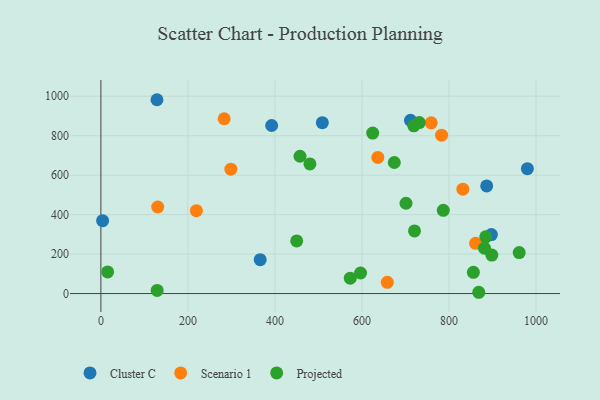
{"axis": {"x": "Ad Spend", "y": "Salary"}, "legend": ["Cluster C", "Projected", "Scenario 1"], "data": [{"x": "897.4", "y": 299.1, "type": "Cluster C"}, {"x": "366.1", "y": 171.8, "type": "Cluster C"}, {"x": "508.9", "y": 866.2, "type": "Cluster C"}, {"x": "392.4", "y": 851.6, "type": "Cluster C"}, {"x": "980.1", "y": 633.0, "type": "Cluster C"}, {"x": "711.5", "y": 877.8, "type": "Cluster C"}, {"x": "4.0", "y": 369.6, "type": "Cluster C"}, {"x": "886.6", "y": 545.4, "type": "Cluster C"}, {"x": "128.9", "y": 982.3, "type": "Cluster C"}, {"x": "130.6", "y": 438.7, "type": "Scenario 1"}, {"x": "782.9", "y": 802.5, "type": "Scenario 1"}, {"x": "658.2", "y": 56.9, "type": "Scenario 1"}, {"x": "636.4", "y": 689.8, "type": "Scenario 1"}, {"x": "283.3", "y": 885.9, "type": "Scenario 1"}, {"x": "759.1", "y": 865.2, "type": "Scenario 1"}, {"x": "219.5", "y": 420.2, "type": "Scenario 1"}, {"x": "831.9", "y": 529.0, "type": "Scenario 1"}, {"x": "298.7", "y": 630.5, "type": "Scenario 1"}, {"x": "861.1", "y": 254.6, "type": "Scenario 1"}, {"x": "596.7", "y": 104.2, "type": "Projected"}, {"x": "480.4", "y": 656.7, "type": "Projected"}, {"x": "881.5", "y": 230.1, "type": "Projected"}, {"x": "450.0", "y": 266.9, "type": "Projected"}, {"x": "15.5", "y": 109.8, "type": "Projected"}, {"x": "573.1", "y": 77.8, "type": "Projected"}, {"x": "674.3", "y": 664.1, "type": "Projected"}, {"x": "457.6", "y": 695.8, "type": "Projected"}, {"x": "624.6", "y": 813.4, "type": "Projected"}, {"x": "719.1", "y": 850.0, "type": "Projected"}, {"x": "129.3", "y": 16.0, "type": "Projected"}, {"x": "856.0", "y": 107.5, "type": "Projected"}, {"x": "884.5", "y": 287.4, "type": "Projected"}, {"x": "786.9", "y": 421.9, "type": "Projected"}, {"x": "720.7", "y": 317.3, "type": "Projected"}, {"x": "898.4", "y": 195.2, "type": "Projected"}, {"x": "868.4", "y": 6.5, "type": "Projected"}, {"x": "731.7", "y": 866.4, "type": "Projected"}, {"x": "961.3", "y": 207.6, "type": "Projected"}, {"x": "701.2", "y": 457.6, "type": "Projected"}]}